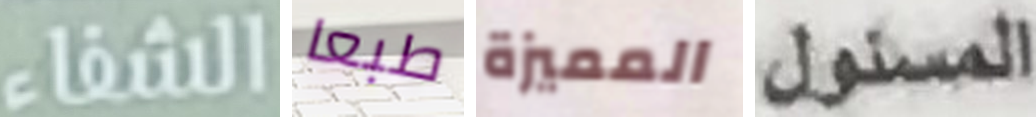
الشفاء طبعا المميزة المسئول